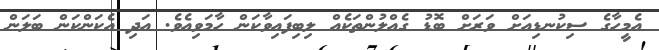
އެމީހާގެ ސިކުނޑިއަށް ވަރަށް ބޮޑު ގެއްލުންތަކެއް ލިބިފައިވާކަން ހާމަވިއެވެ. އަދި އެކަންކަން ބަލަން